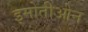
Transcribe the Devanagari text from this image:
इमोतीओन